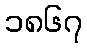
၁၈၆၇